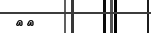
٥١